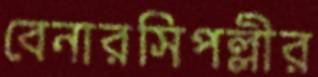
বেনারসিপল্লীর